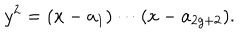
y ^ { 2 } = ( x - a _ { 1 } ) \cdots ( x - a _ { 2 g + 2 } ) .